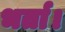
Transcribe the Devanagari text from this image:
भर्ता।